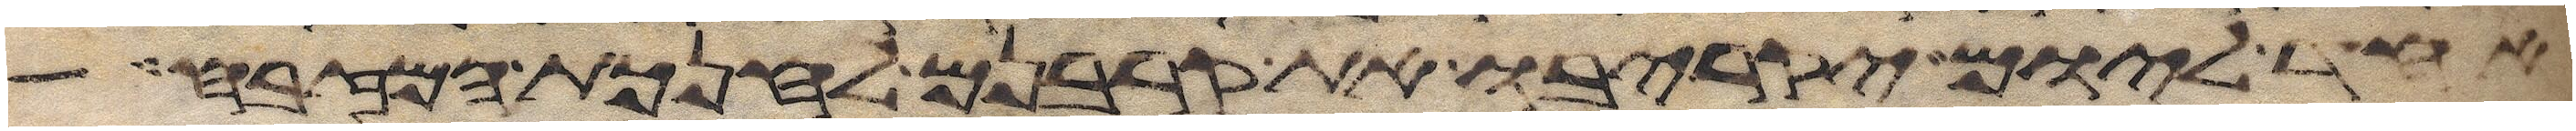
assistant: אחד ליום יקריבו את קרבנם לחנכת המזבח